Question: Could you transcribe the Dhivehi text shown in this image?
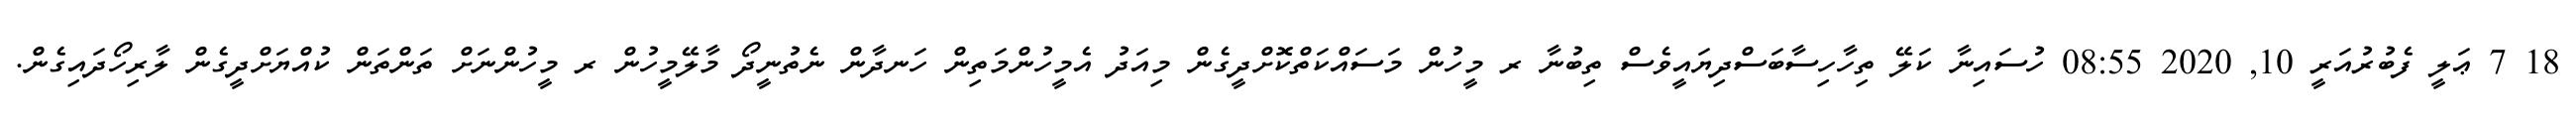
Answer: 18 7 ޢަލީ ފެބުރުއަރީ 10, 2020 08:55 ހުސައިނާ ކަލޭ ތިހާހިސާބަސްދިޔައީވެސް ތިބުނާ ރ މީހުން މަސައްކަތްކޮށްދީގެން މިއަދު އެމީހުންމަތިން ހަނދާން ނެތުނީދޯ މާލޭމީހުން ރ މީހުންނަށް ތަންތަން ކުއްޔަށްދީގެން ލާރިހޯދައިގެން.